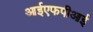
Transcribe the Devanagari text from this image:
आईएफपीआई